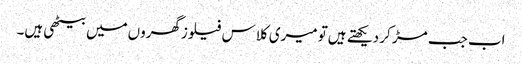
اب جب مڑ کر دیکھتے ہیں‌تو میری کلاس فیلوزگھروں‌میں‌بیٹھی ہیں۔